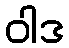
ဝါဒ